Annual administration report of the Civil Veterinary Department of India - 1909-1910
Year: 1909
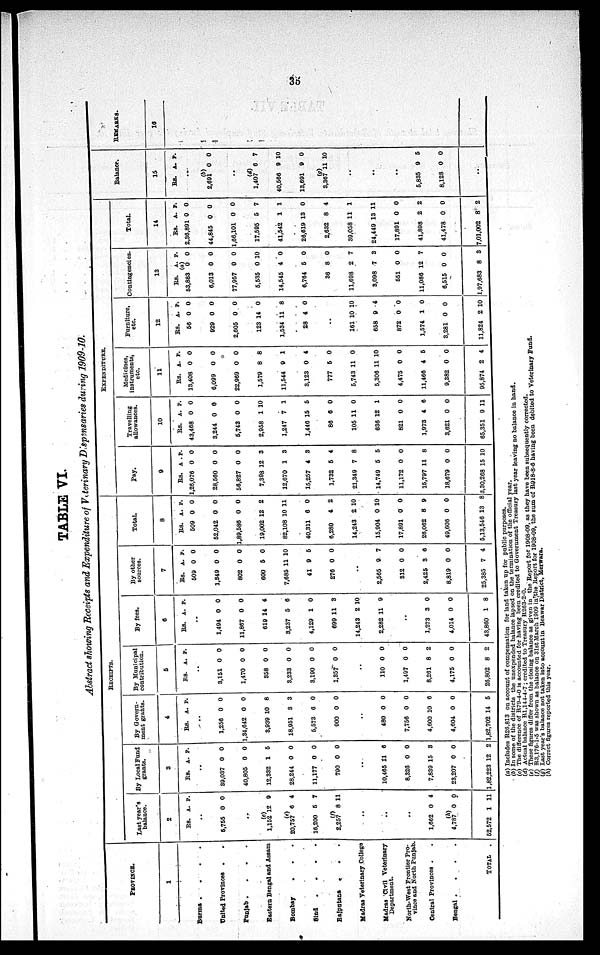
35
TABLE VI.
Abstract showing Receipts and Expenditure of Veterinary Dispensaries during 1909-10.
PROVINCE.
1
Burma .
.
.
.
United Provinces . .
Punjab .
.
.
.
Eastern Bengal and Assam
Bombay . . .
Sind
.
.
.
.
Rajputana
. . .
Madras Veterinary College
Madras Civil Veterinary
Department.
North-West Frontier Pro-
vince and North Punjab.
Central Provinces . .
Bengal .
.
.
.
TOTAL
.
RECEIPTS.
Last year's
balance.
2
Rs.
..
5,765
..
(c)
1,162
(e)
20,757
16,200
(f)
2,257
..
..
..
1,662
(h)
4,787
62,572
A.
0
12
6
5
8
0
0
1
P.
0
9
4
7
11
4
0
11
By Local Fund
grants.
3
Rs.
..
39,037
40,805
12,332
28,244
11,177
790
..
10,465
8,326
7,839
23,207
1,82,223
A.
0
0
1
0
0
0
11
0
15
0
12
P.
0
0
6
0
0
0
6
0
8
0
2
By Govern-
ment grants.
4
Rs.
..
1,256
1,34,642
3,939
18,951
5,573
900
..
480
7,756
4,600
4,604
1,82,702
A.
0
0
10
3
6
0
0
0
10
0
14
P.
0
0
8
3
0
0
0
0
6
0
5
By Municipal
contribution.
5
Rs.
..
3,151
1,470
358
3,233
3,190
1,357
..
110
1,497
8,261
4,175
26,802
A.
0
0
0
0
0
0
0
0
8
0
8
P.
0
0
0
0
0
0
0
0
2
0
2
By fees.
6
Rs.
..
1,494
11,867
619
3,237
4,129
699
14,243
2,282
..
1,273
4,014
43,860
A.
0
0
14
5
1
11
2
11
3
0
1
P.
0
0
4
6
0
3
10
9
0
0
8
By other
sources.
7
Rs.
509
1,349
802
600
7,685
41
276
..
2,565
312
2,425
8,819
25,385
A.
0
0
0
5
11
9
0
9
0
3
0
7
P.
0
0
0
0
10
6
0
7
0
6
0
4
Total.
8
Rs.
509
52,042
1,89,586
19,002
82,108
40,311
6,280
14,243
15,904
17,891
26,062
49,606
5,13,546
A.
0
0
0
12
10
6
4
2
0
0
8
0
13
P.
0
0
0
2
11
0
2
10
10
0
9
0
8
EXPENDITURE.
Pay.
9
Rs.
1,26,076
28,560
56,827
7,398
12,670
15,257
1,732
21,349
14,749
11,172
15,797
18,679
3,30,268
A.
0
0
0
12
1
4
5
7
5
0
11
0
15
P.
0
0
0
3
3
3
4
8
6
0
8
0
10
Travelling
allowances.
10
Rs.
43,468
3,244
5,743
2,958
1,247
1,446
86
105
636
821
1,973
3,621
65,351
A.
0
0
0
1
7
15
6
11
12
0
4
0
9
P.
0
0
0
10
1
5
0
0
1
0
6
0
11
Medicines,
Instruments,
etc.
11
Rs.
13,408
6,099
22,969
1,579
11,544
3,123
777
5,743
5,306
4,475
11,466
9,382
95,874
A.
0
0
0
8
9
0
5
11
11
0
4
0
2
P.
0
0
0
8
1
4
0
0
10
0
5
0
4
Furniture,
etc.
12
Rs.
56
929
2,605
123
1,534
28
..
161
658
872
1,574
3,281
11,824
A.
0
0
0
14
11
4
10
9
0
1
0
2
P.
0
0
0
0
8
0
10
4
0
0
0
10
Contingencies.
13
Rs.
53,883
6,013
77,957
5,535
14,545
6,764
36
11,698
3,098
551
11,086
6,515
1,97,683
A.
(a)
0
0
0
0
4
6
8
2
7
0
12
0
8
P.
0
0
0
10
0
0
0
7
3
0
7
0
3
Total.
14
Rs.
2,36,891
44,845
1,66,101
17,595
41,542
26,619
2,632
39,058
24,449
17,891
41,898
41,478
7,01,002
A.
0
0
0
5
1
13
8
11
13
0
2
0
8
P.
0
0
0
7
1
0
4
1
11
0
2
0
2
Balance.
15
Rs. A. P.
(b)
2,691
..
(d)
1,407
40,566
13,691
(g)
3,367
..
..
..
5,835
8,128
..
0
6
9
9
11
9
0
0
7
10
0
10
5
0
REMARKS.
16
(a) Includes R26,813 on account of compensation for land taken up for public purposes.
(b) In some of the districts the unexpended balance lapsed on the termination
of
the
official
year.
(c) The difference of R79-4-0 is accounted for having been credited to Government Treasury last year leaving
(d) Actual balance R1,144-4-7; credited to Treasury R263-2-0.
(e) These figures differ from the closing balance as given in the Report for 1908-09, as they
have
been
subsequently
corrected.
(f) R3,176-1.5 was shown as balance on 31st March 1909 in the Report for 1908-09, the sum of R918-8-6 having been debited to Veterinary Fund.
(g) Last year's balance not taken into account in Beawar District, Merwara.
(h) Correct figures reported this year.